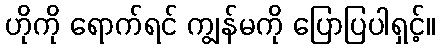
ဟိုကို ရောက်ရင် ကျွန်မကို ပြောပြပါရှင့်။